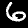
Label: 6